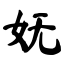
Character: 妩